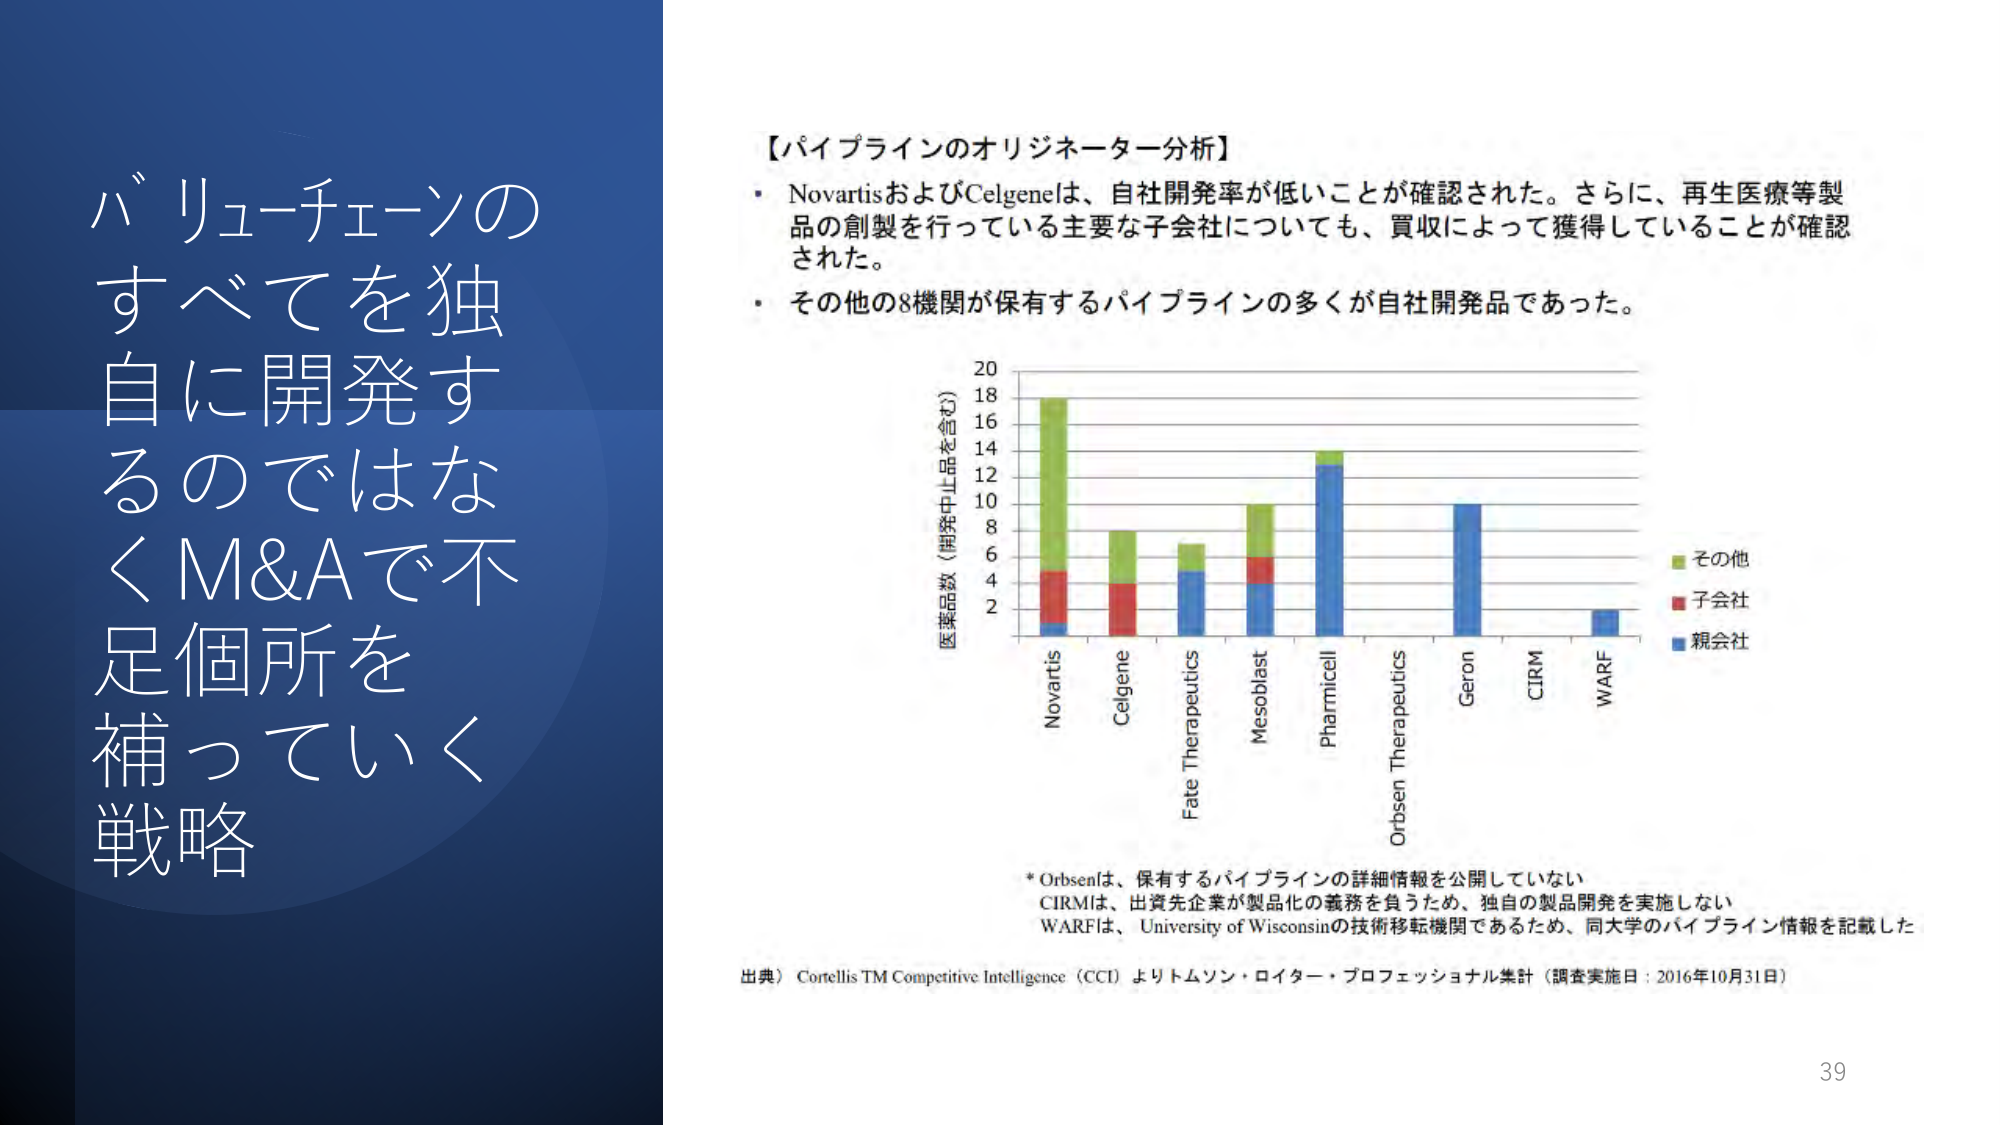
バリューチェーンの
すべてを独自に開発するのではなく
M&Aで不足個所を補っていく
戦略

【パイプラインのオリジネーター分析】
・ NovartisおよびCelgeneは、自社開発率が低いことが確認された。さらに、再生医療等製品の創製を行っている主要な子会社についても、買収によって獲得していることが確認された。
・ その他の8機関が保有するパイプラインの多くが自社開発品であった。

医薬品数（開発中止品を含む）
20
18
16
14
12
10
8
6
4
2

Novartis
Celgene
Fate Therapeutics
Mesoblast
Pharmicell
Orbsen Therapeutics
Geron
CIRM
WARF

その他
子会社
親会社

* Orbsenは、保有するパイプラインの詳細情報を公開していない
CIRMは、出資先企業が製品化の義務を負うため、独自の製品開発を実施しない
WARFは、University of Wisconsinの技術移転機関であるため、同大学のパイプライン情報を記載した

出典）Cortellis TM Competitive Intelligence（CCI）よりトムソン・ロイター・プロフェッショナル集計（調査実施日：2016年10月31日）

39